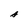
Character: A